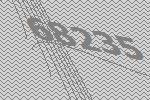
68235